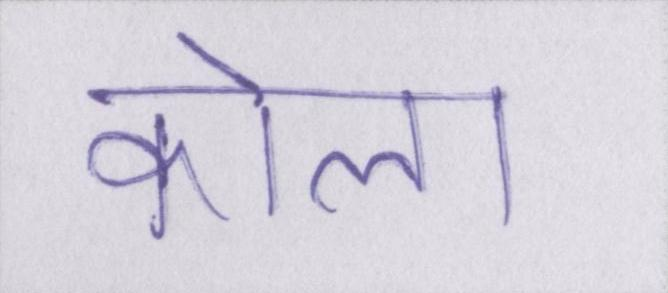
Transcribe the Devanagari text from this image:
कोला